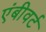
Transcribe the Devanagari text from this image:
एंबीवर्ट